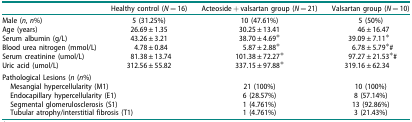
<table><thead><tr><td><b> </b></td><td><b>Healthy control (<i>N</i> = 16)</b></td><td><b>Acteoside + valsartan group (<i>N</i> = 21)</b></td><td><b>Valsartan group (<i>N</i> = 10)</b></td></tr></thead><tbody><tr><td>Male (<i>n</i>, <i>n</i>%)</td><td>5 (31.25%)</td><td>10 (47.61%)</td><td>5 (50%)</td></tr><tr><td>Age (years)</td><td>26.69 ± 1.35</td><td>30.25 ± 13.41</td><td>46 ± 16.47</td></tr><tr><td>Serum albumin (g/L)</td><td>43.26 ± 3.21</td><td>38.70 ± 4.69*</td><td>39.09 ± 7.11*</td></tr><tr><td>Blood urea nitrogen (mmol/L)</td><td>4.78 ± 0.84</td><td>5.87 ± 2.88*</td><td>6.78 ± 5.79*#</td></tr><tr><td>Serum creatinine (umol/L)</td><td>81.38 ± 13.74</td><td>101.38 ± 72.27*</td><td>97.27 ± 21.53*#</td></tr><tr><td>Uric acid (umol/L)</td><td>312.56 ± 55.82</td><td>337.15 ± 97.88*</td><td>319.16 ± 62.34</td></tr><tr><td colspan="4">Pathological Lesions (<i>n</i> (<i>n</i>%)</td></tr><tr><td colspan="2"> Mesangial hypercellularity (M1)</td><td>21 (100%)</td><td>10 (100%)</td></tr><tr><td colspan="2"> Endocapillary hypercellularity (E1)</td><td>6 (28.57%)</td><td>8 (57.14%)</td></tr><tr><td colspan="2"> Segmental glomerulosclerosis (S1)</td><td>1 (4.761%)</td><td>13 (92.86%)</td></tr><tr><td colspan="2"> Tubular atrophy/interstitial fibrosis (T1)</td><td>1 (4.761%)</td><td>3 (21.43%)</td></tr></tbody></table>